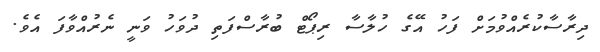
ދިރާސާކުރެއްވުމަށް ފަހު އޭގެ ހުލާސާ ރިޕޯޓް ބުރާސްފަތި ދުވަހު ވަނީ ނެރުއްވާފަ އެވެ.